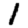
Digit: 1